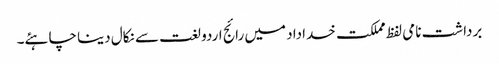
برداشت نامی لفظ مملکت خداداد میں رائج اردو لغت سے نکال دینا چاہئے۔